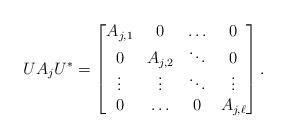
LaTeX: \begin{align*}UA_j U^*=\begin{bmatrix}A_{j,1}& 0& \ldots&0\\ 0& A_{j,2}& \ddots&0\\ \vdots&\vdots&\ddots&\vdots\\ 0&\ldots&0& A_{j,\ell}\end{bmatrix}.\end{align*}